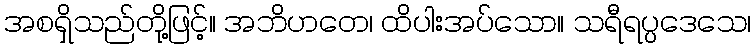
အစရှိသည်တို့ဖြင့်။ အဘိဟတေ၊ ထိပါးအပ်သော။ သရီရပ္ပဒေသေ၊